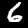
Digit: 6